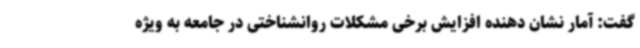
گفت: آمار نشان دهنده افزایش برخی مشکلات روانشناختی در جامعه به ویژه